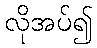
လိုအပ်၍